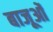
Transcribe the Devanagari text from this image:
बाजूओं